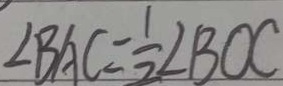
\angle B A C = \frac { 1 } { 2 } \angle B O C